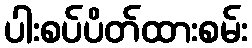
ပါးစပ်ပိတ်ထားစမ်း